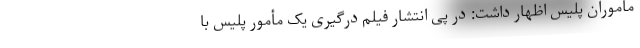
مأموران پلیس اظهار داشت: در پی انتشار فیلم درگیری یک مأمور پلیس با